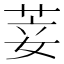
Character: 𦯺